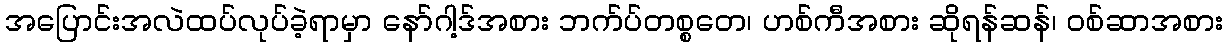
အပြောင်းအလဲထပ်လုပ်ခဲ့ရာမှာ နော်ဂါ့ဒ်အစား ဘက်ပ်တစ္စတေ၊ ဟစ်ကီအစား ဆိုရန်ဆန်၊ ဝစ်ဆာအစား